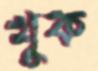
খুক